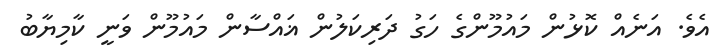
އެވެ. އަނެއް ކޮޅުން މައުމޫންގެ ހަގު ދަރިކަލުން ޣައްސާން މައުމޫން ވަނީ ކާމިޔާބު